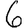
Digit: 6